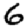
Digit: 6